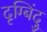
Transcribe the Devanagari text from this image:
दृग्बिंदु